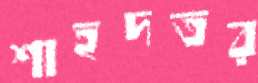
শাহদতর